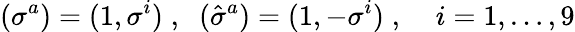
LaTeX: (\sigma^{a})=(1,\sigma^{i})\; ,\; \; (\hat{\sigma}^{a})=(1,-\sigma^{i})\; ,\; \; \; \; i=1,\ldots,9